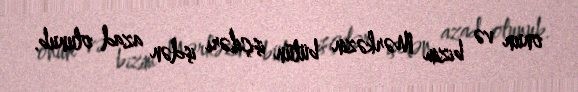
onun və bizim Mərkəzin bütün işçiləri işdən azad olunub.